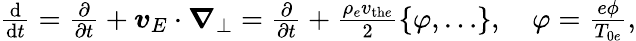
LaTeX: \begin{array}{r}{\frac{\mathrm{d}}{\mathrm{d}t}=\frac{\partial}{\partial t}+{\boldsymbol{v}}_{E}\cdot{\boldsymbol{\nabla}}_{\perp}=\frac{\partial}{\partial t}+\frac{\rho_{e}v_{\mathrm{th}e}}{2}\left\{ \varphi,\dots\right\} ,\quad\varphi=\frac{e\phi}{T_{0e}},}\end{array}